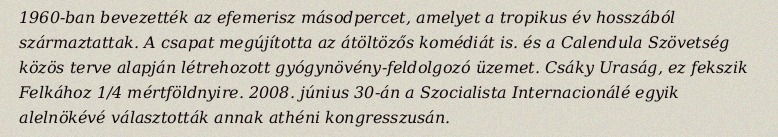
1960-ban bevezették az efemerisz másodpercet, amelyet a tropikus év hosszából származtattak. A csapat megújította az átöltözős komédiát is. és a Calendula Szövetség közös terve alapján létrehozott gyógynövény-feldolgozó üzemet. Csáky Uraság, ez fekszik Felkához 1/4 mértföldnyire. 2008. június 30-án a Szocialista Internacionálé egyik alelnökévé választották annak athéni kongresszusán.